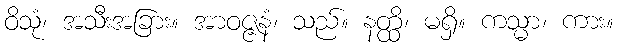
ဝိသုံ၊ အသီးအခြား။ အာဝဇ္ဇနံ၊ သည်။ နတ္ထိ၊ မရှိ။ ကသ္မာ၊ ကား။